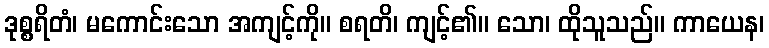
ဒုစ္စရိတံ၊ မကောင်းသော အကျင့်ကို။ စရတိ၊ ကျင့်၏။ သော၊ ထိုသူသည်။ ကာယေန၊